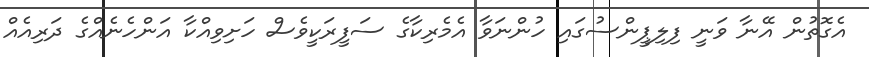
އެގޮތުން އޭނާ ވަނީ ފިލިޕީންސުގައި ހުންނަވާ އެމެރިކާގެ ސަފީރަކީވެސް ހަށިވިއްކާ އަންހެނެއްގެ ދަރިއެއް